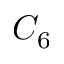
C _ { 6 }